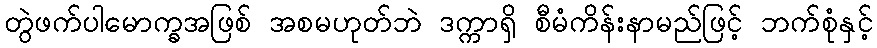
တွဲဖက်ပါမောက္ခအဖြစ် အစမဟုတ်ဘဲ ဒက္ကာရှိ စီမံကိန်းနာမည်ဖြင့် ဘက်စုံနှင့်